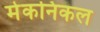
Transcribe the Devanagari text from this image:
मेकनिकल